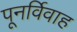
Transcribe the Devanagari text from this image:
पूनर्विवाह